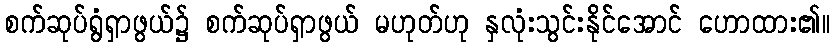
စက်ဆုပ်ရွံရှာဖွယ်၌ စက်ဆုပ်ရှာဖွယ် မဟုတ်ဟု နှလုံးသွင်းနိုင်အောင် ဟောထား၏။